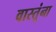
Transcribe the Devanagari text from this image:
वास्तूंना